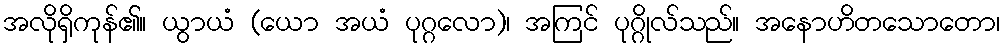
အလိုရှိကုန်၏။ ယွာယံ (ယော အယံ ပုဂ္ဂလော)၊ အကြင် ပုဂ္ဂိုလ်သည်။ အနောဟိတသောတော၊